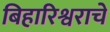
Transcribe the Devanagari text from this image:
बिहारिश्वराचे